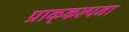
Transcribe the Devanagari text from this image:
प्राक्‌कल्पना